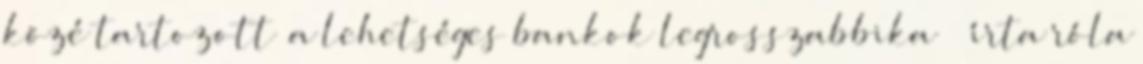
közé tartozott „a lehetséges bankok legrosszabbika” – írta róla